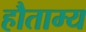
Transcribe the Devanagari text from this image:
हौताम्य